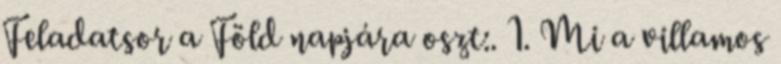
Feladatsor a Föld napjára oszt:. 1. Mi a villamos